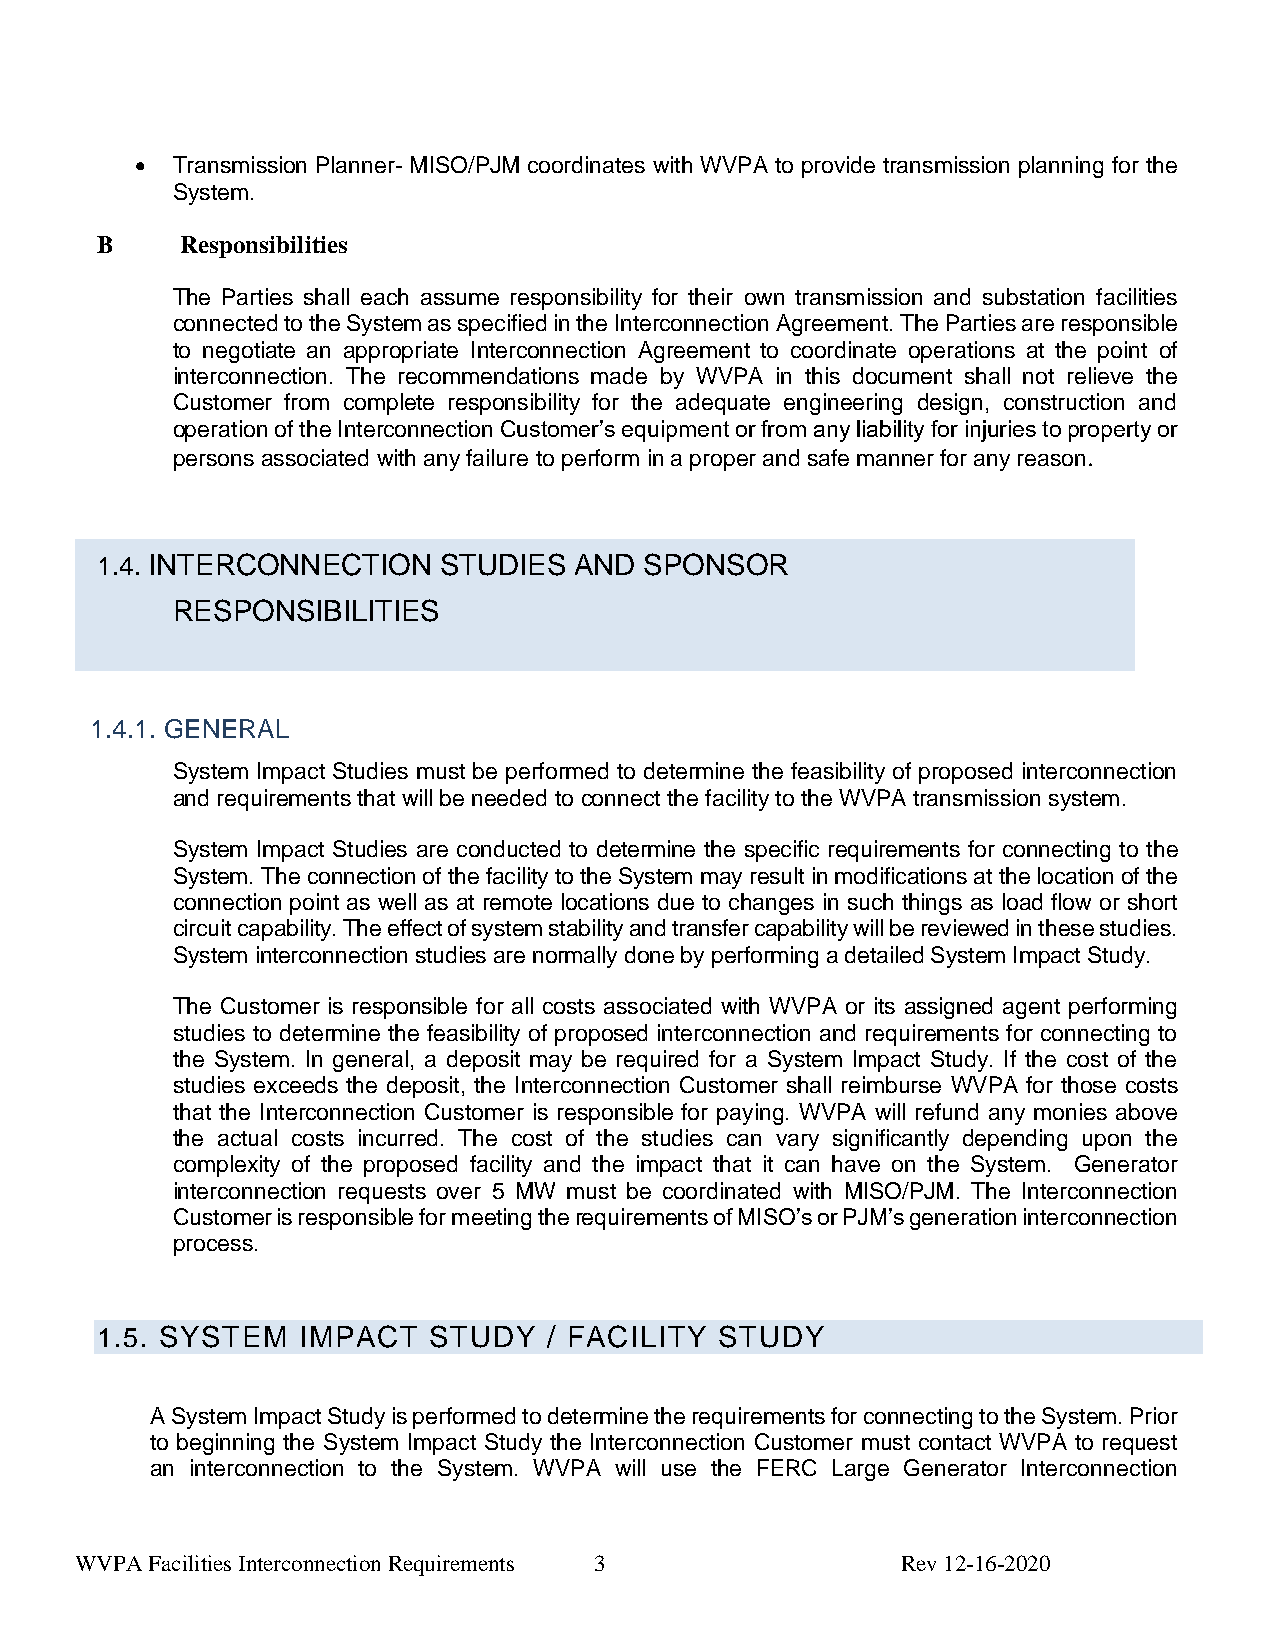
• Transmission Planner- MISO/PJM coordinates with WVPA to provide transmission planning for the
 System.
 B     Responsibilities
 The Parties shall each assume responsibility for their own transmission and substation facilities
 connected to the System as specified in the Interconnection Agreement. The Parties are responsible
 to negotiate an appropriate Interconnection Agreement to coordinate operations at the point of
 interconnection. The recommendations made by WVPA in this document shall not relieve the
 Customer from complete responsibility for the adequate engineering design, construction and
 operation of the Interconnection Customer’s equipment or from any liability for injuries to property or
 persons associated with any failure to perform in a proper and safe manner for any reason.
 1.4. INTERCONNECTION   STUDIES  AND  SPONSOR
 RESPONSIBILITIES
 1.4.1. GENERAL
 System Impact Studies must be performed to determine the feasibility of proposed interconnection
 and requirements that will be needed to connect the facility to the WVPA transmission system.
 System Impact Studies are conducted to determine the specific requirements for connecting to the
 System. The connection of the facility to the System may result in modifications at the location of the
 connection point as well as at remote locations due to changes in such things as load flow or short
 circuit capability. The effect of system stability and transfer capability will be reviewed in these studies.
 System interconnection studies are normally done by performing a detailed System Impact Study.
 The Customer is responsible for all costs associated with WVPA or its assigned agent performing
 studies to determine the feasibility of proposed interconnection and requirements for connecting to
 the System. In general, a deposit may be required for a System Impact Study. If the cost of the
 studies exceeds the deposit, the Interconnection Customer shall reimburse WVPA for those costs
 that the Interconnection Customer is responsible for paying. WVPA will refund any monies above
 the actual costs incurred. The cost of the studies can vary significantly depending upon the
 complexity of the proposed facility and the impact that it can have on the System. Generator
 interconnection requests over 5 MW must be coordinated with MISO/PJM. The Interconnection
 Customer is responsible for meeting the requirements of MISO’s or PJM’s generation interconnection
 process.
 1.5. SYSTEM   IMPACT  STUDY   / FACILITY  STUDY
 A System Impact Study is performed to determine the requirements for connecting to the System. Prior
 to beginning the System Impact Study the Interconnection Customer must contact WVPA to request
 an interconnection to the System. WVPA will use the FERC Large Generator Interconnection
 WVPA Facilities Interconnection Requirements 3         Rev 12-16-2020